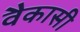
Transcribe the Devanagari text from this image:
वैकासी